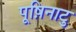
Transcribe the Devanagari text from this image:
पूष़िनाटु